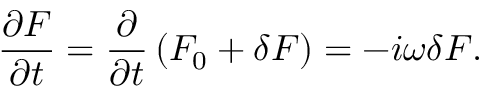
\frac { \partial F } { \partial t } = \frac { \partial } { \partial t } \left( F _ { 0 } + \delta F \right) = - i \omega \delta F .